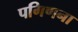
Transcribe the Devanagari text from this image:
पगिणना